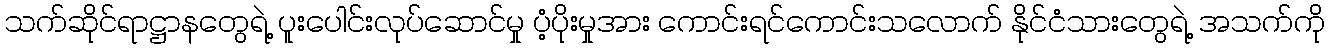
သက်ဆိုင်ရာဋ္ဌာနတွေရဲ့ ပူးပေါင်းလုပ်ဆောင်မှု ပံ့ပိုးမှုအား ကောင်းရင်ကောင်းသလောက် နိုင်ငံသားတွေရဲ့ အသက်ကို